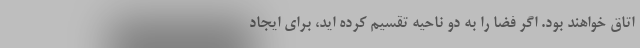
اتاق خواهند بود. اگر فضا را به دو ناحیه تقسیم کرده اید، برای ایجاد